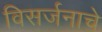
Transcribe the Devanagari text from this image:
विसर्जनाचे